system: You are a helpful assistant.
user:
Analyze the provided spectrum to determine if it is a **S-type Star**.

- **Key Indicators for S-type Star:**

    - **(Overall Spectrum Shape):** The first and most obvious characteristic is the overall continuum (the "baseline" shape). It is **extremely "red-sloping,"** meaning the flux (light intensity) is very low on the left side (blue, ~4000-4500 Å) and rises steeply and continuously toward the right side (red, ~7000 Å+).

    - **(Primary):** The spectrum is defined by the presence of strong, broad molecular absorption "valleys" (bands) from **Zirconium Oxide (ZrO)**. The identification of these bands is the **primary requirement** for classifying a star as S-type.
        - **(Key Bandheads):** You must find distinct, deep "dips" where the light has been absorbed. The most critical band systems to locate are:
            - **~6474 Å** ($\gamma$-system): This is often the strongest and clearest ZrO feature, found in the red part of the spectrum.
            - **~5718 Å** & **~5551 Å** ($\beta$-system): A pair of prominent absorption features in the yellow-orange part of the spectrum.
            - **~4640 Å** ($\alpha$-system): A key absorption band system in the blue-green region of the spectrum.

    - **(Secondary Confirmation):** The classification is strengthened by finding additional absorption bands from other related heavy element oxides, which are expected to be present alongside ZrO.
        - **(Key Bandheads):**
            - **Yttrium Oxide (YO):** Look for absorption dips near **~4800 Å** and **~6100 Å**.
            - **Lanthanum Oxide (LaO):** Additional absorption features, particularly in the red-orange part of the spectrum, are also characteristic.

    - **(Line Profile):** The combination of the steep red continuum and these numerous, deep molecular bands (ZrO, YO, etc.) gives the entire spectrum a very **"chopped-up"** or **"bumpy"** appearance. Instead of a smooth curve, the spectrum looks as though large, wide chunks of light have been "carved out" of it at the specific wavelengths listed above.

Think first, call **spectral_visualization_tool** if needed to examine features in detail, then provide your final answer. Your response must adhere to the following strict rules:
1.  **Overall Structure:** Your response must follow the format `<think>...</think> <tool_call>...</tool_call> (if a tool is used) <answer>...</answer>`.
2.  **Tool Usage Constraint:** You may only make **one** tool call per turn.
3.  **Final Answer Format:** In the `<answer>` tag, your conclusion must be inside a `\boxed{}` command (e.g., `\boxed{YES}` or `\boxed{NO}`), followed by your justification.

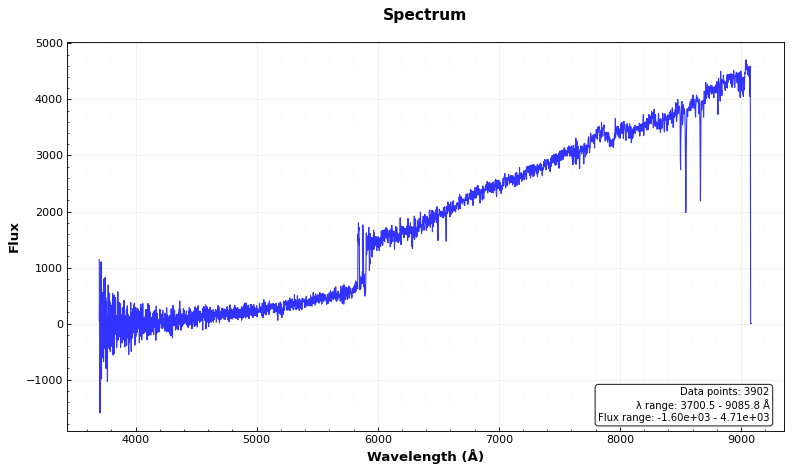
Answer: NO